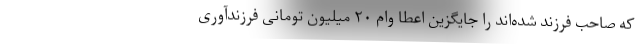
که صاحب فرزند شده‌اند را جایگزین اعطا وام ۲۰ میلیون تومانی فرزندآوری